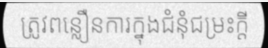
ត្រូវពន្លឿនការក្នុងជំនុំជម្រះក្តី